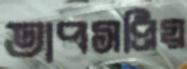
তাপসপ্রিয়